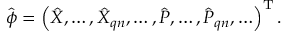
\begin{array} { r } { \hat { \boldsymbol { \phi } } = \left( \hat { X } , \ldots , \hat { X } _ { \boldsymbol { q } n } , \ldots , \hat { P } , \ldots , \hat { P } _ { \boldsymbol { q } n } , \ldots \right) ^ { \mathrm { T } } . } \end{array}